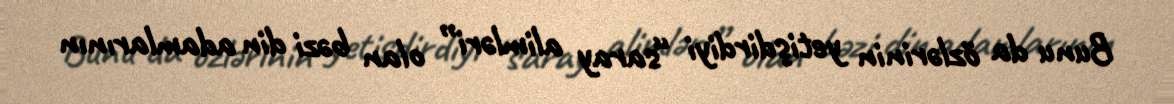
Bunu da özlərinin yetişdirdiyi “saray alimləri” olan bəzi din adamlarının